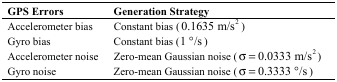
| GPS Errors | Generation Strategy |
 | --- | --- |
 | Accelerometer bias | Constant bias (0.1635 m/s2) |
 | Gyro bias | Constant bias (1 °/s) |
 | Accelerometer noise | Zero-mean Gaussian noise (σ = 0.0333 m/s2) |
 | Gyro noise | Zero-mean Gaussian noise (σ = 0.0333 °/s) |